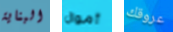
البناية أموال عروقك